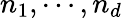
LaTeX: n_{1},\cdots,n_{d}